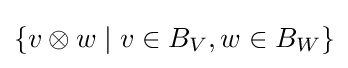
\{v\otimes w\mid v\in B_{V},w\in B_{W}\}